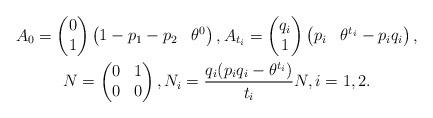
LaTeX: \begin{gather*}A_0=\begin{pmatrix}0 \\1\end{pmatrix}\begin{pmatrix}1-p_1-p_2 & \theta^0\end{pmatrix},A_{t_i}=\begin{pmatrix}q_i \\1\end{pmatrix}\begin{pmatrix}p_i & \theta^{t_i}-p_i q_i\end{pmatrix},\\N= \begin{pmatrix} 0 & 1 \\ 0 & 0 \end{pmatrix},N_i=\frac{q_i(p_i q_i-\theta^{t_i})}{t_i}N, i=1,2.\end{gather*}